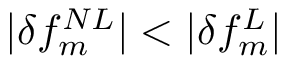
| \delta f _ { m } ^ { N L } | < | \delta f _ { m } ^ { L } |